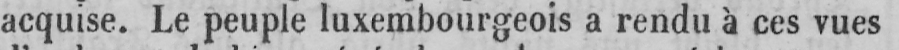
acquise. Le peuple luxembourgeois a rendu à ces vues